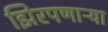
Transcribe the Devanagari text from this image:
झिरपणाऱ्या